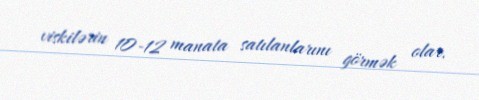
viskilərin 10-12 manata satılanlarını görmək olar.